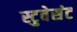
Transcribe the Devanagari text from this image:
स्टुवेसंट